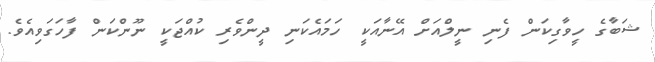
ޝަބާގެ ހީވާގިކަން ފެނި ނީލްއަށް އޭނާއަކީ ހަމައެކަނި ދީންވެރި ކުއްޖަކީ ނޫންކަން ފާހަގަވިއެވެ.